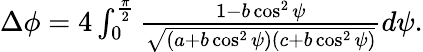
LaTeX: \begin{array}{r}{\Delta\phi=4\int_{0}^{\frac{\pi}{2}}\frac{1-b\cos^{2}\psi}{\sqrt{(a+b\cos^{2}\psi)(c+b\cos^{2}\psi)}}d\psi.}\end{array}